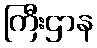
ကြီးဌာန